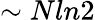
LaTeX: \sim Nln2